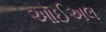
ઑઈઅલ